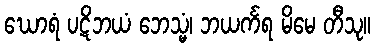
ဃောရံ ပဋိဘယံ ဘေသ္မံ၊ ဘယင်္ကရ မိမေ တီသု။